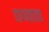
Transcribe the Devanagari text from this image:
छपवाता